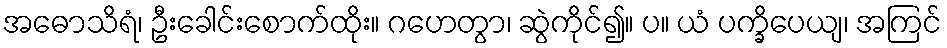
အဓောသိရံ၊ ဦးခေါင်းစောက်ထိုး။ ဂဟေတွာ၊ ဆွဲကိုင်၍။ ပ။ ယံ ပက္ခိပေယျ၊ အကြင်